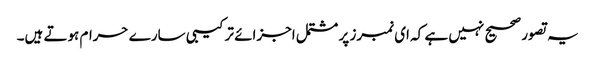
یہ تصور صحیح نہیں ہے کہ ای نمبرز پر مشتمل اجزائے ترکیبی سارے حرام ہوتے ہیں۔